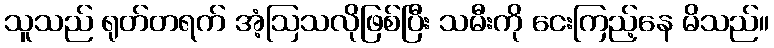
သူသည် ရုတ်တရက် အံ့ဩသလိုဖြစ်ပြီး သမီးကို ငေးကြည့်နေ မိသည်။